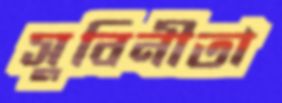
সুবিনীতা